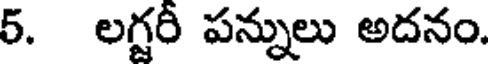
5. లగ్టరీ పన్నులు అదనం.